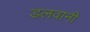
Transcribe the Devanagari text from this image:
डलवानी